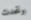
وتحدث